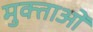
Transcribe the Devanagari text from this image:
मुक्ताओं